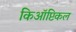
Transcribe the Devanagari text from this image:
किऑप्टिकल